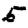
Digit: 5